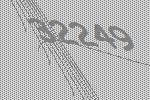
32249